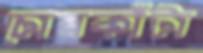
চোরকাঁটা